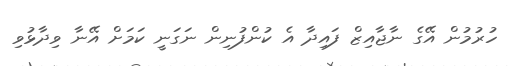
ހުރުމުން އޭގެ ނާޖާއިޒް ފައިދާ އެ ކުންފުނިން ނަގަނީ ކަމަށް އޭނާ ވިދާޅުވި